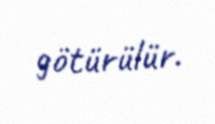
götürülür.